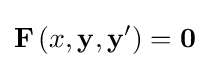
\mathbf {F} \left(x,\mathbf {y} ,\mathbf {y} '\right)={\boldsymbol {0}}